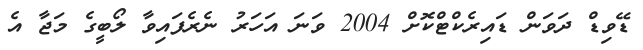
ޑޭވިޑް ދަވަން ޑައިރެކްޓްކޮށް 2004 ވަނަ އަހަރު ނެރެފައިވާ ލޯބީގެ މަޖާ އެ